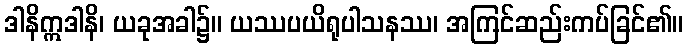
ဒါနိဣဒါနိ၊ ယခုအခါ၌။ ယဿပယိရုပါသနဿ၊ အကြင်ဆည်းကပ်ခြင်၏။